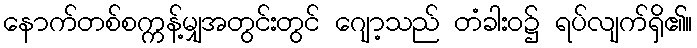
နောက်တစ်စက္ကန့်မျှအတွင်းတွင် ဂျော့သည် တံခါးဝ၌ ရပ်လျက်ရှိ၏။